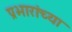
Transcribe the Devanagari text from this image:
प्रभारांच्या